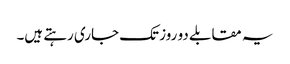
یہ مقابلے دو روز تک جاری رہتے ہیں۔